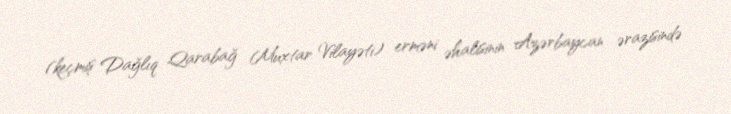
(keçmiş Dağlıq Qarabağ Muxtar Vilayəti) erməni əhalisinin Azərbaycan ərazisində